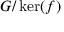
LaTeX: G / \ker ( f )